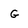
Character: G